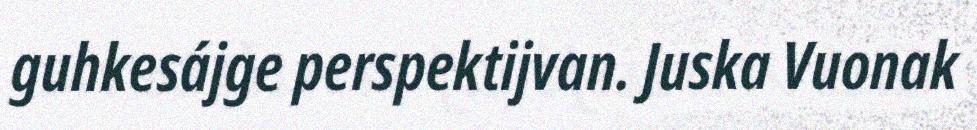
guhkesájge perspektijvan. Juska Vuonak